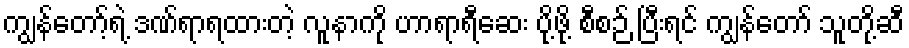
ကျွန်တော့်ရဲ့ ဒဏ်ရာရထားတဲ့ လူနာကို ဟာရာရီဆေး ပို့ဖို့ စီစဉ် ပြီးရင် ကျွန်တော် သူတို့ဆီ